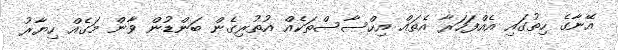
އޭނާގެ ހިތުގައި އެއްފަހަރާ އެތައް އިހްސާސްތަކެއް އުތުރިގެން ބަންޑުން ވާން މަގެއް ހިޔާރު